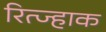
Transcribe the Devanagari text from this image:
रित्ज्हाक